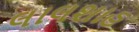
લાલશાહ